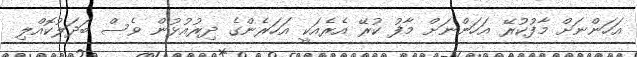
އަހަންނަށް މާފުކުރޭ އަހަންނަށް މާފު ކުރޭ އެރެއަކީ އަހަރެންގެ ދިރުއުޅުން ވެސް ބަދަލުކޮއްލި